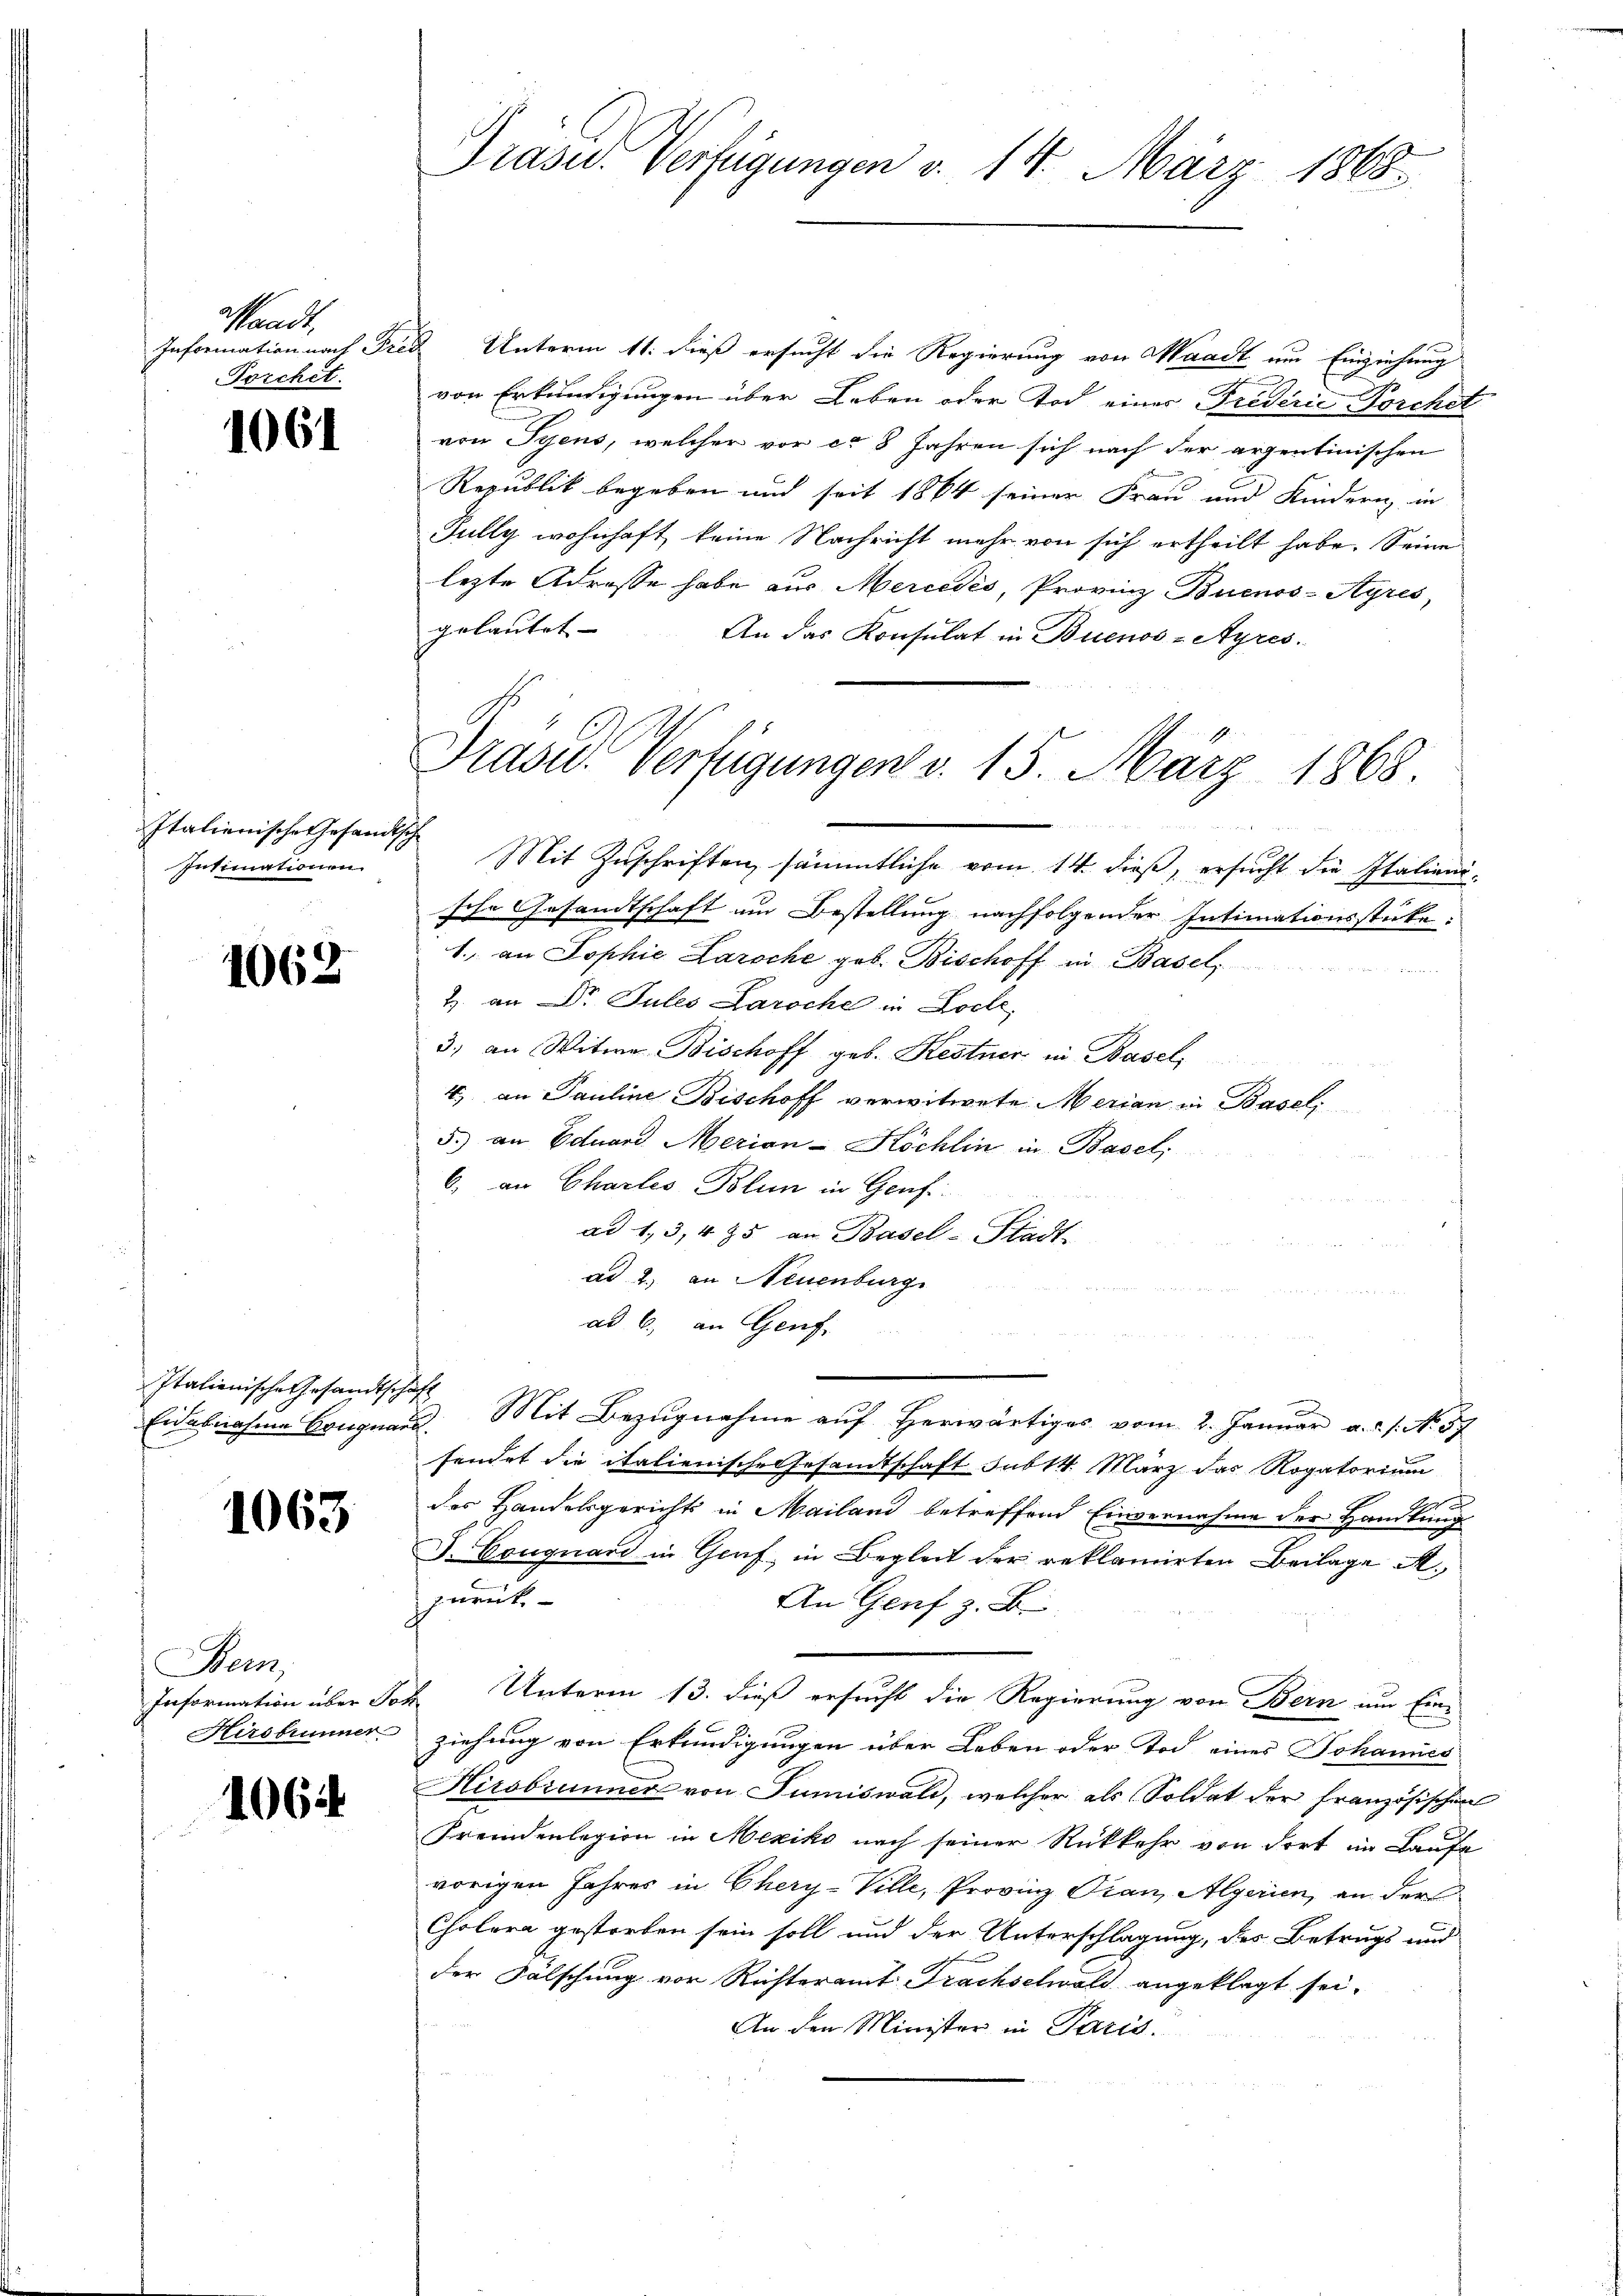
aadt,
Information nach Frei
Torchet.

1064

Italienische Gesand
Intimationen.

1062

Italienische Gesandtschaft

1063

Bern,
Information über Jo¬
Hirsbrunner

1064

Präsid.. Verfügungen v. 14. März 1868.

Praser Verfügungen v. 15. März 1868.
ch

Unterm 11. dieß ersucht die Regierung von Waadt um Einziehung
von Erkundigungen über Leben oder Tod einer Frederie Porchet
von Syens, welcher vor ca 8 Jahren sich nach der arzentinischen
Republik begeben und seit 1864 seiner Frau und Kindern in
Fully wohnhaft, keine Nachricht mehr von sich ertheilt habe. Seine
lezte Adresse habe aus Mercédés, Provinz Buenos-Ayres,
gelautet. |
An das Konsulat in Buenos-Ayres.
Mit Zuschriften sämmtliche vom 14. dieß, ersucht die Italienische Gesandtschaft am Bestellung nachfolgender Intimationsstücke:
1. an Sophie Laroche geb. Bischoff in Basel,
2. an DDr. Jules Laroche in Loche,
3) an Witwe Bischoff geb. Kestner in Basel
4) an Pauline Bischoff verwitwete Merian in Basel,
5.) an Eduard Merian-Köchlin in Basel,
6, an Charles Blun in Genf
ad 1, 3, 435 an Basel-Stadt-
ad 2. an Neuenburg
ad b., an Genf.
e
Eidesnahme Bruguaus. Mit Bezugnahme auf Herwärtiges vom 2. Januar a. 1. No. 57
sendet die italienische Gesandtschaft sub 14. März das Rogatorium
des Handelsgerichts in Mailand betreffend Einvernahme der Handlung
 Cruguard in Genf in Begleit der reklamirten Beilage A.
zurück
An Genf z. B.
Unterm 13. dieß ersucht die Regierung von Bern um Ein-
f
ziehung von Erkundigungen über Leben oder Tod eines Johannes
Hirsbrunner von Sumiswald, welcher als Soldat der französischen
Fremdenlegion in Mexiko nach seiner Rückkehr von dort im Laufe
vorigen Jahres in Chery-Ville, Provinz Pran, Algerien, an der
Cholera gestorben sein soll und der Unterschlagung, des Betrugs und
der Fälschung vor Richteramt Frachselwald angeklagt sei.
An den Minister in Paris.